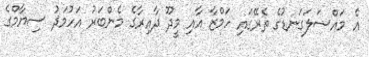
އެ މައްސަލަގަނޑުގެ ތެރޭގައި ހަމްޒާ އާއި މީދޫ ދާއިރާގެ މެންބަރު އަހުމަދު ސިޔާމްގެ